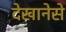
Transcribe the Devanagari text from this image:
देखानेसे